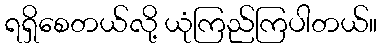
ရရှိစေတယ်လို့ ယုံကြည်ကြပါတယ်။